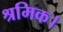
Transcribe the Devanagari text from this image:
श्रमिक।